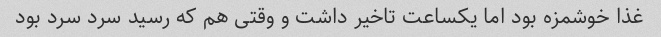
غذا خوشمزه بود اما یکساعت تاخیر داشت و وقتی هم که رسید سرد سرد بود